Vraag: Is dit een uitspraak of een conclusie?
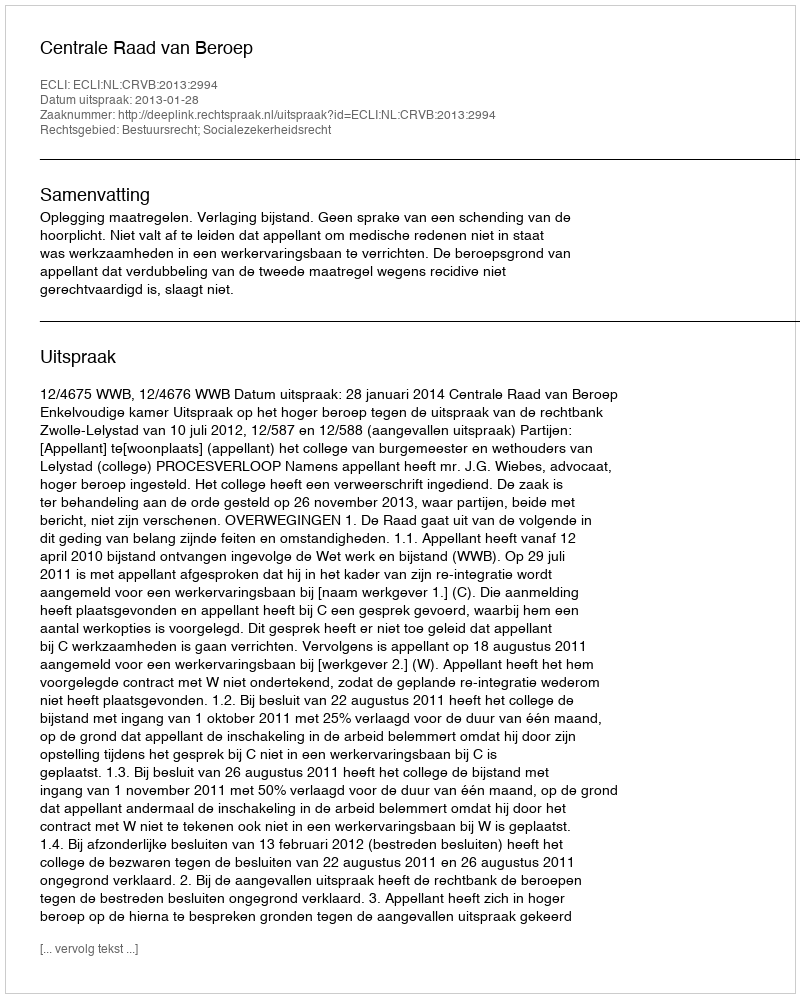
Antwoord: Uitspraak